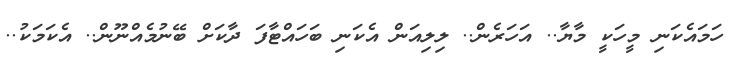
ހަމައެކަނި މީހަކީ މާޔާ.. އަހަރެން.. ލިލިއަން އެކަނި ބަހައްޓާފަ ދާކަށް ބޭނުމެއްނޫން.. އެކަމަކު..